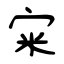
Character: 宩